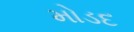
મોડદ